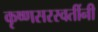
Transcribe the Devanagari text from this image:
कृष्णसरस्वतींनी